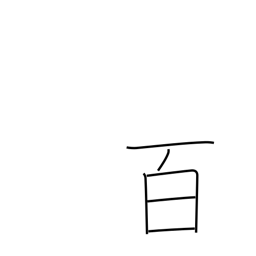
Meaning: hundred